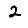
Digit: 2